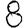
Digit: 8